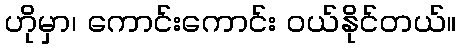
ဟိုမှာ၊ ကောင်းကောင်း ဝယ်နိုင်တယ်။